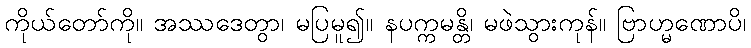
ကိုယ်တော်ကို။ အဿဒေတွာ၊ မပြမူ၍။ နပက္ကမန္တိ၊ မဖဲသွားကုန်။ ဗြာဟ္မဏောပိ၊